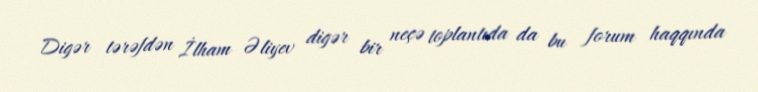
Digər tərəfdən İlham Əliyev digər bir neçə toplantıda da bu forum haqqında